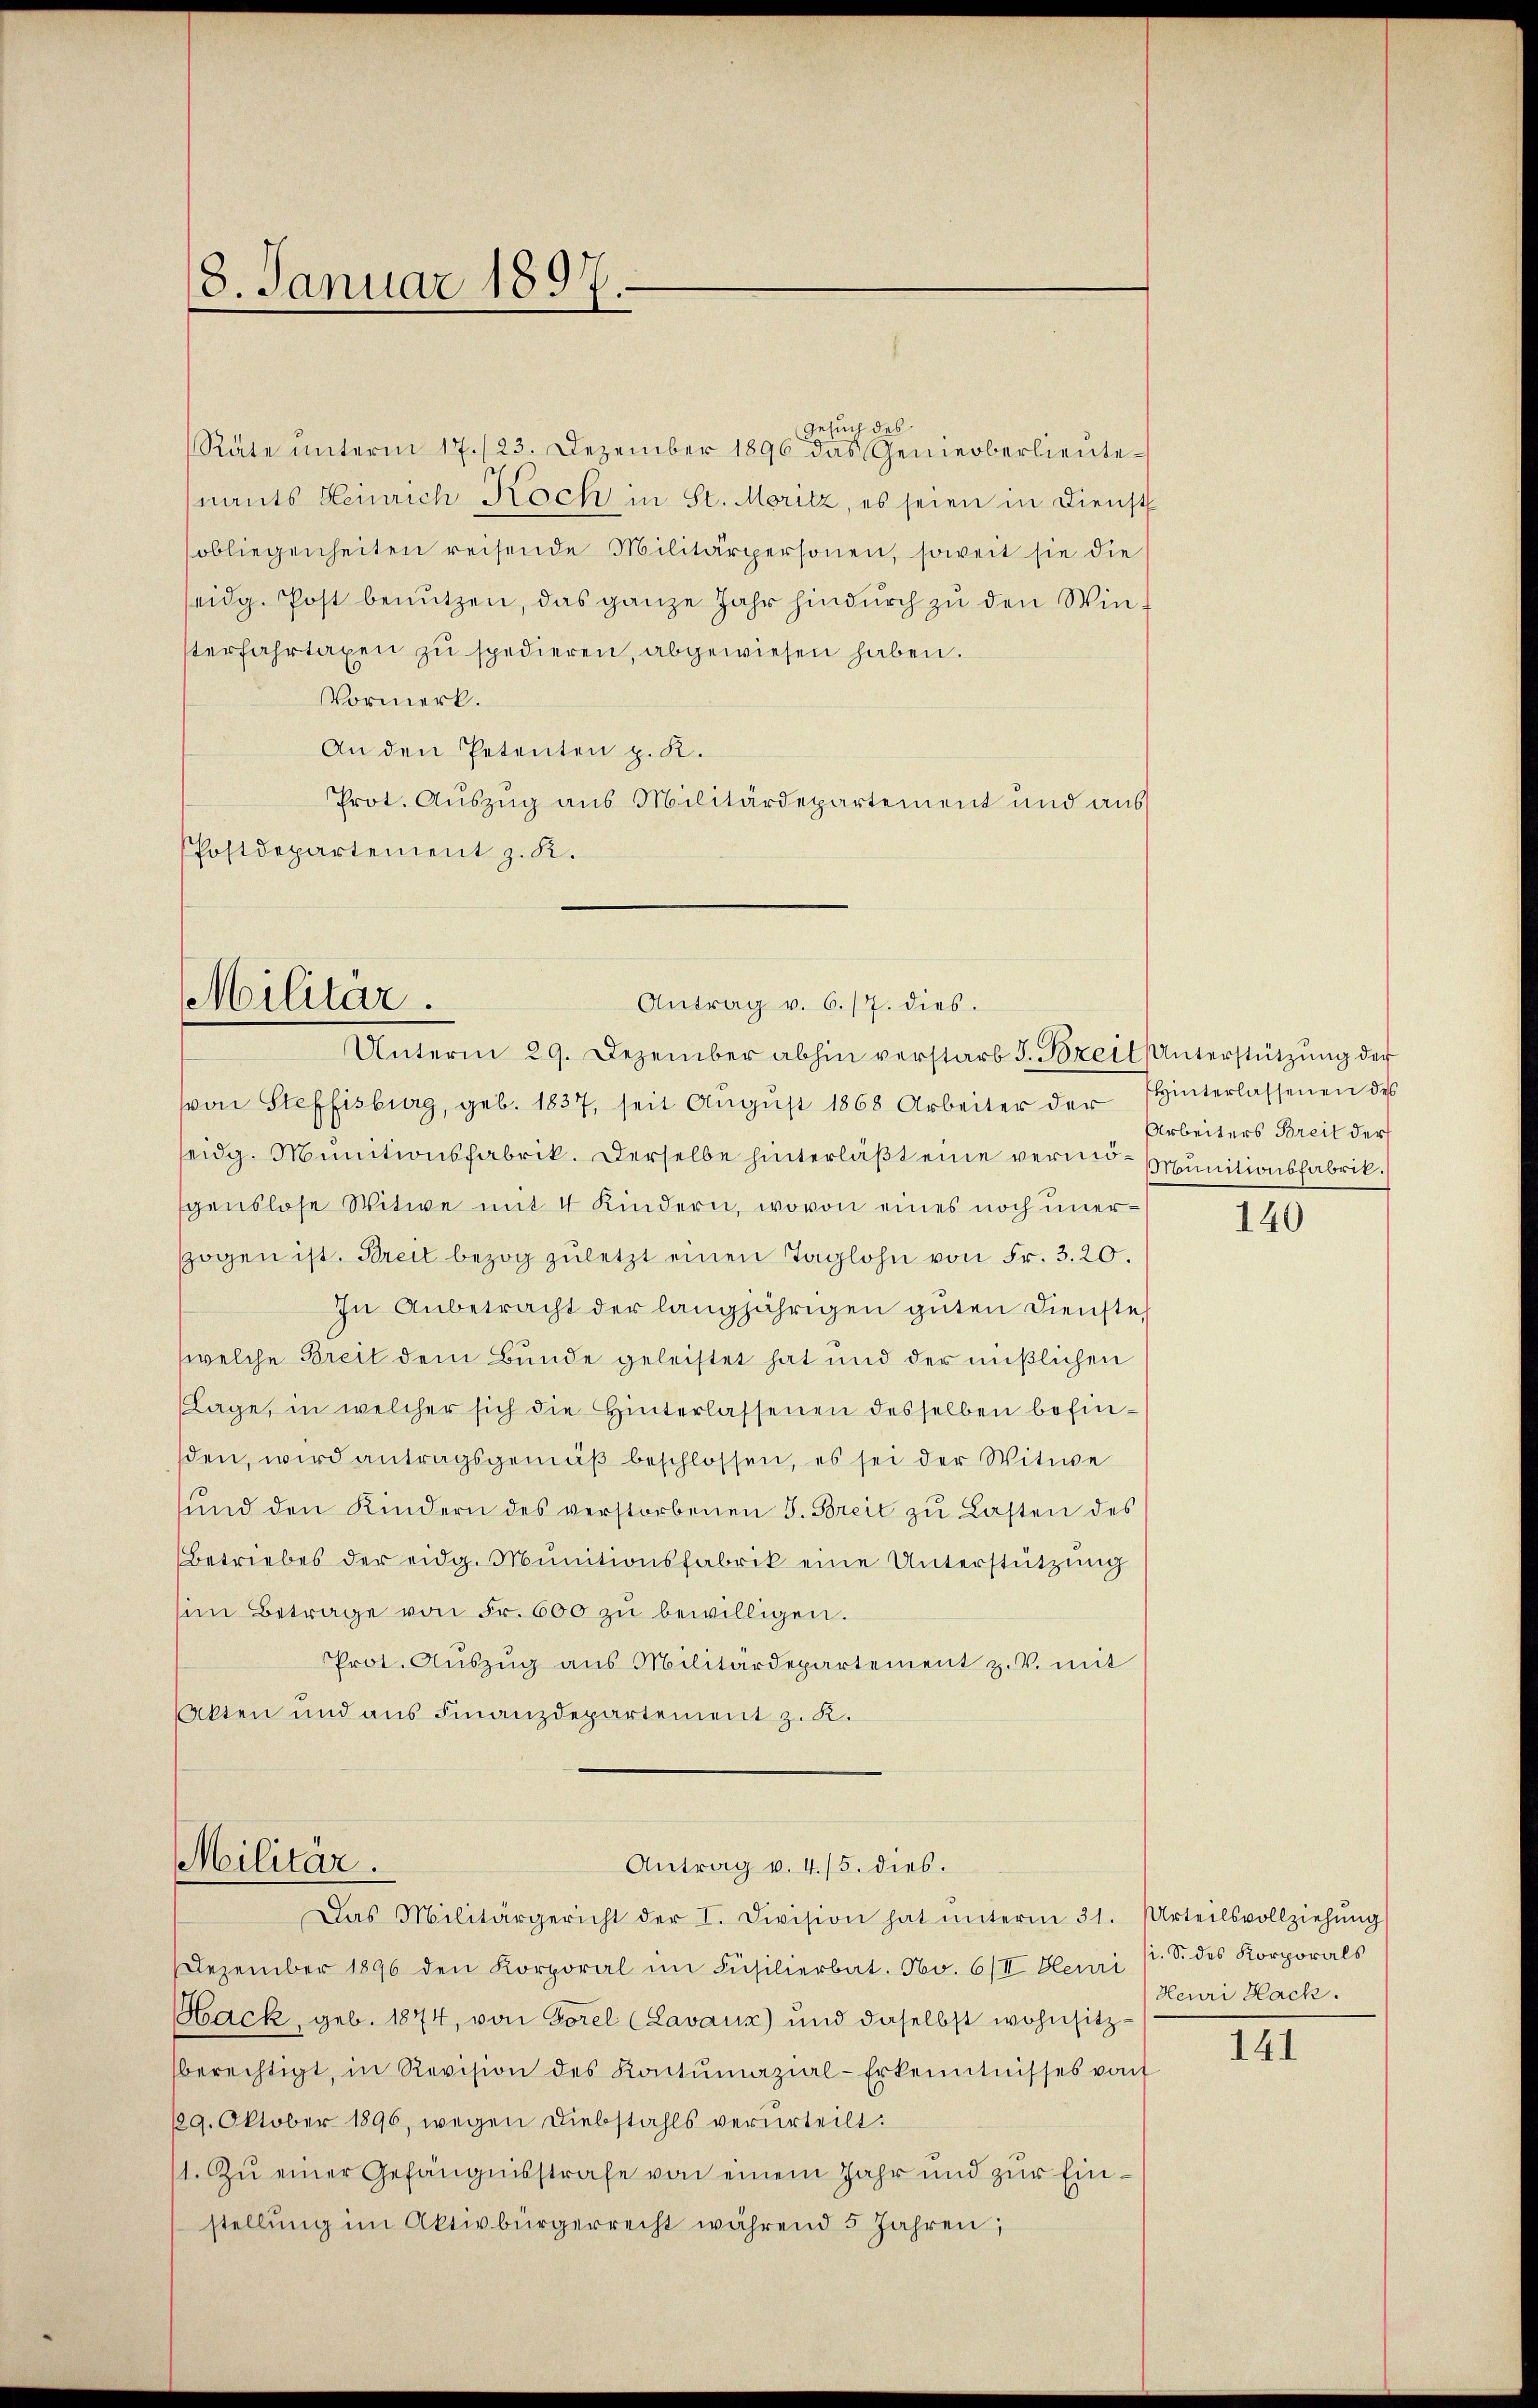
8. Januar 1897.

Rate ŭnterm 17./23. Dezember 1896 das Gemeoberlieŭte-
nants Heinrich Koch in St. Moritz, es seien in Dienst
sobliegenheiten reisende Militärpersonen, soweit sie die
seidg. Post benutzen, das ganze Jahr hindurch zu den Winsterfahrtaxen zŭ spedieren, abgewiesen haben.
Vormerk.
An den Petenten p. K.
Prot. Auszug aus Militärdepartement und aus
Postdepartement z. K.

Gesuch des

Militär.
Antrag v. 6./7. dies.
Unterm 29. Dezember abhin verstarb J. Breit Unterstützŭng der

von Steffisburg, geb. 1837, seit Aŭgŭst 1868 Arbeiter der Einterlassenen des
seidg. Munitionsfabrik. Derselbe hinterläßt eine vermo-Munitionsfabrik.
genslose Witwe mit 4 Kindern, wovon eines noch unersogen ist. Breit bezog zuletzt einen Taglohn von Fr. 3. 20.
In Anbetracht der langjährigen guten Dienste
welche Breit dem Bunde geleistet hat und der mißlichen
Lage, in welcher sich die Hinterlassenen desselben befinsden, wird antragsgemäß beschlossen, es sei der Witwe
sŭnd den Kindern des verstorbenen J. Breit zŭ Lasten des
Betriebes der eidg. Munitionsfabrik eine Unterstützung
sim Betrage von Fr. 600 zŭ bewilligen.
Prot. Aŭszŭg ans Militärdepartement z. V. mit
Catten und aus Finanzdepartement z. K.

Militär.
Antrag v. 4./5. dies.
Das Militärgericht der I. Division hat ŭnterm 31. Urteilsvollziehŭng

Dezember 1896 den Korporal im Füsilierbat. No. 6/II. Henri /. S. des Korporals
Hack, geb. 1874, von Forel (Lavaux) und daselbst wohnsitzberechtigt, in Revision des Kontumazial-Erkenntnisses von
129. Oktober 1896, wegen Diebstahls verurteilt.
1. Zu einer Gefängnisstrafe von einem Jahr und zur Einstellŭng im Aktivbürgerrecht während 5 Jahren,

Arbeiters Breit der

140

Heuri Hack.

141